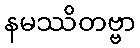
နမဿိတဗ္ဗာ